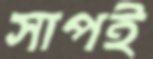
সাপই